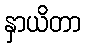
နှာယိတာ